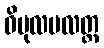
ဝိပုလမလတ္ထ